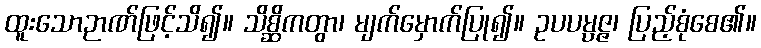
ထူးသောဉာဏ်ဖြင့်သိ၍။ သိစ္ဆိကတွာ၊ မျက်မှောက်ပြု၍။ ဥပပမ္ပဇ္ဇ၊ ပြည့်စုံစေ၏။